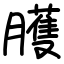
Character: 臒